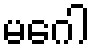
မဂေါ